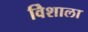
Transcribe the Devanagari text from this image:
विेशाला